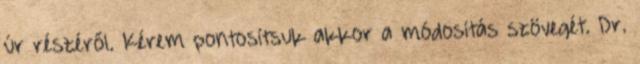
úr részéről. Kérem pontosítsuk akkor a módosítás szövegét. Dr.